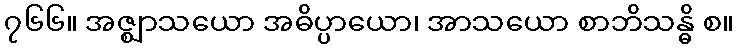
၇၆၆။ အဇ္ဈာသယော အဓိပ္ပာယော၊ အာသယော စာဘိသန္ဓိ စ။